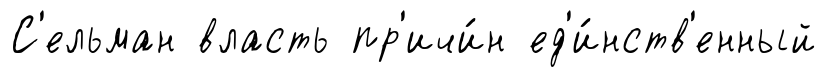
С'ельман власть пр'ичи́н ед'и́нств'енный